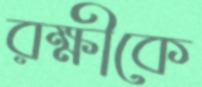
রক্ষীকে